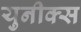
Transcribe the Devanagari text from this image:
युनीक्स